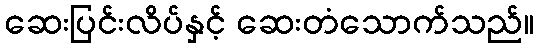
ဆေးပြင်းလိပ်နှင့် ဆေးတံသောက်သည်။